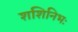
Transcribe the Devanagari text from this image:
शशिनिभः